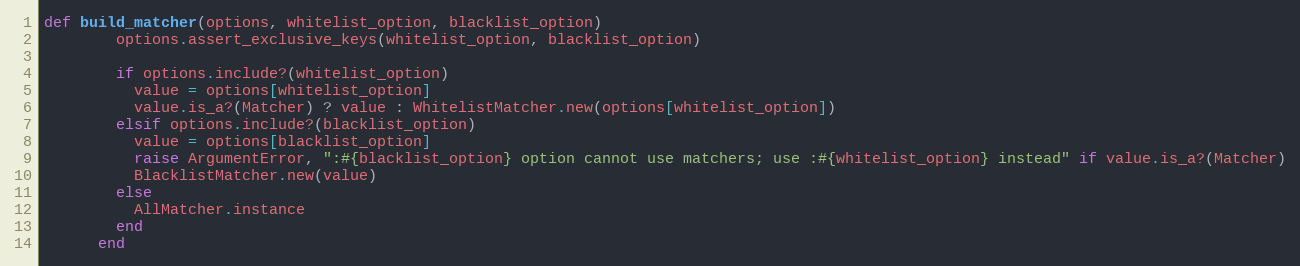
Language: Ruby
def build_matcher(options, whitelist_option, blacklist_option)
        options.assert_exclusive_keys(whitelist_option, blacklist_option)

        if options.include?(whitelist_option)
          value = options[whitelist_option]
          value.is_a?(Matcher) ? value : WhitelistMatcher.new(options[whitelist_option])
        elsif options.include?(blacklist_option)
          value = options[blacklist_option]
          raise ArgumentError, ":#{blacklist_option} option cannot use matchers; use :#{whitelist_option} instead" if value.is_a?(Matcher)
          BlacklistMatcher.new(value)
        else
          AllMatcher.instance
        end
      end